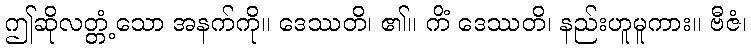
ဤဆိုလတ္တံ့သော အနက်ကို။ ဒေဿတိ၊ ၏။ ကိံ ဒေဿတိ၊ နည်းဟူမူကား။ ဗီဇံ၊